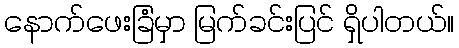
နောက်ဖေးခြံမှာ မြက်ခင်းပြင် ရှိပါတယ်။